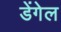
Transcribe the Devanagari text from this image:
डेंगेल